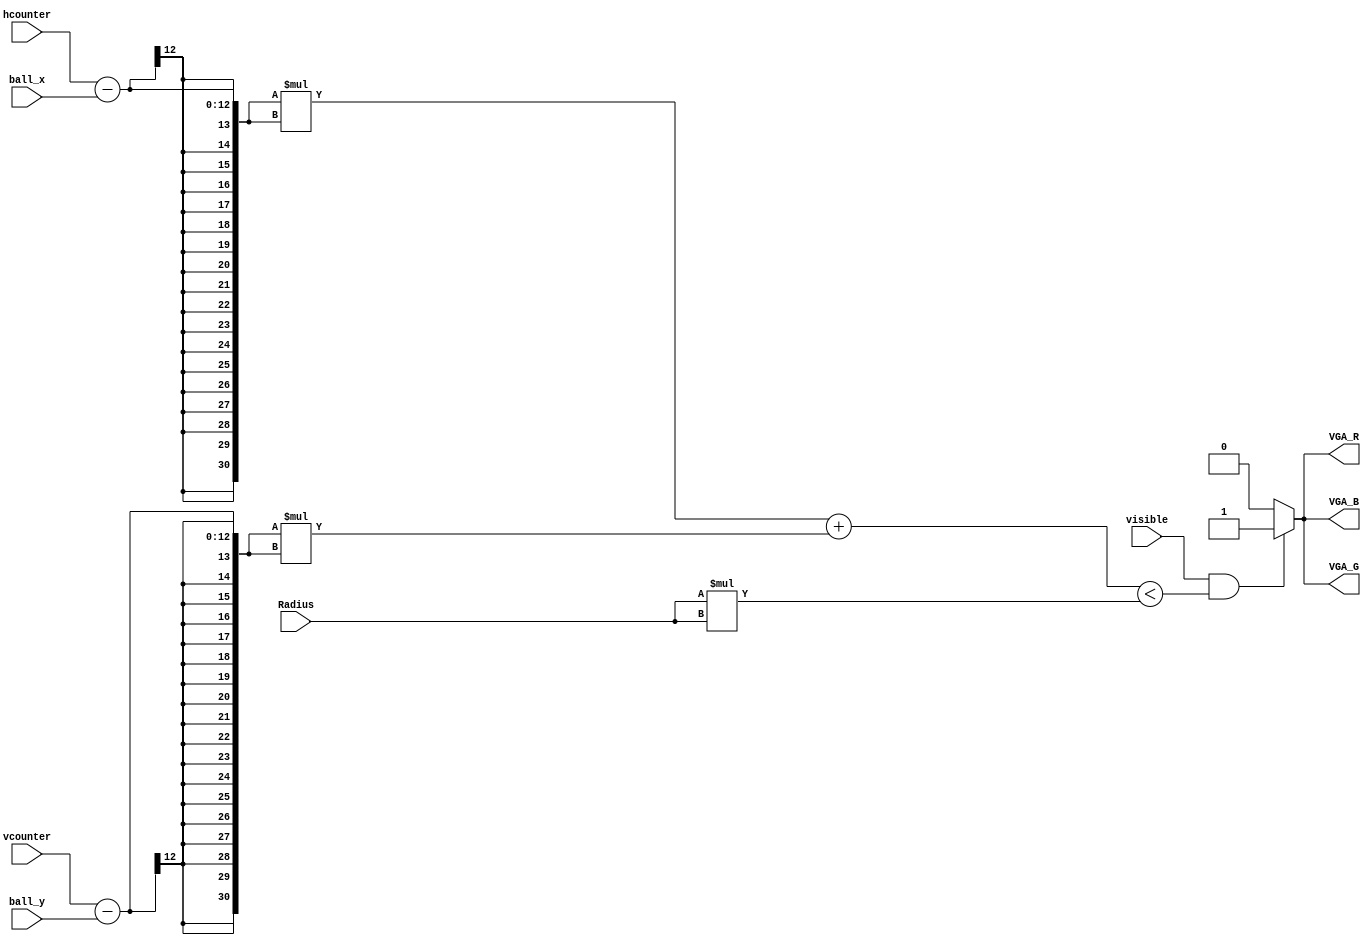
`timescale 1ns / 1ps
//////////////////////////////////////////////////////////////////////////////////
// Company: 
// Engineer: 
// 
// Design Name: 
// Module Name:    draw_ball 
// Project Name: 
// Target Devices: 
// Tool versions: 
// Description: 
//
// Dependencies: 
//
// Revision: 
// Revision 0.01 - File Created
// Additional Comments: 
//
//////////////////////////////////////////////////////////////////////////////////
module draw_ball (vcounter,hcounter,visible,ball_x,ball_y,VGA_R,VGA_G,VGA_B,
Radius);
    input [11:0] vcounter;
    input [10:0] hcounter;
    input visible;
    input [11:0] ball_x;
    input [10:0] ball_y;
    input [7:0] Radius;
    output reg VGA_R;
    output reg VGA_G;
    output reg VGA_B;
	 reg [30:0] a_square;
	 reg [30:0] b_square;
    always @ ( * )
    begin
			a_square <= (hcounter - ball_x) * (hcounter - ball_x);
			b_square <=  (vcounter - ball_y) * (vcounter - ball_y);
        if (visible == 1 && (a_square + b_square < Radius*Radius))
        begin
            VGA_R <= 1;
            VGA_G <= 1;
            VGA_B <= 1;
        end
        else
        begin
            VGA_R <= 0;
            VGA_G <= 0;
            VGA_B <= 0;
        end
    end

endmodule